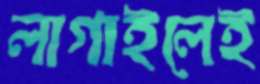
লাগাইলেই